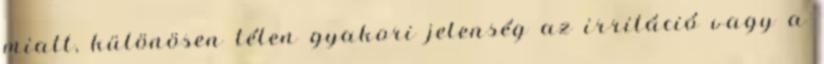
miatt, különösen télen gyakori jelenség az irritáció vagy a